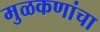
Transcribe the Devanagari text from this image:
मुळकणांचा